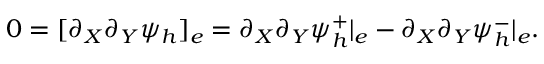
0 = [ \partial _ { X } \partial _ { Y } \psi _ { h } ] _ { e } = \partial _ { X } \partial _ { Y } \psi _ { h } ^ { + } | _ { e } - \partial _ { X } \partial _ { Y } \psi _ { h } ^ { - } | _ { e } .